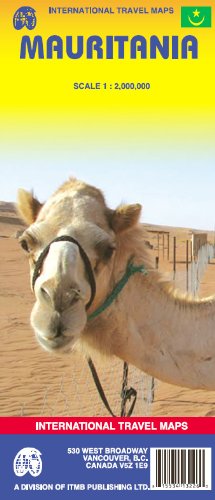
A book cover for Mauritania 1:2,000,000 Travel Map (International Travel Maps); ITM Canada; Travel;